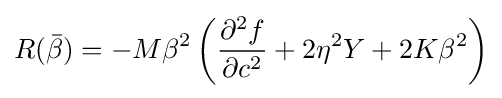
R({\bar {\beta }})=-M\beta ^{2}\left({\frac {\partial ^{2}f}{\partial c^{2}}}+2\eta ^{2}Y+2K\beta ^{2}\right)